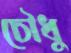
চৌধু